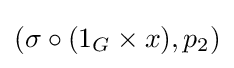
(\sigma \circ (1_{G}\times x),p_{2})